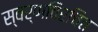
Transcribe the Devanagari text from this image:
स्वर्णविरचित